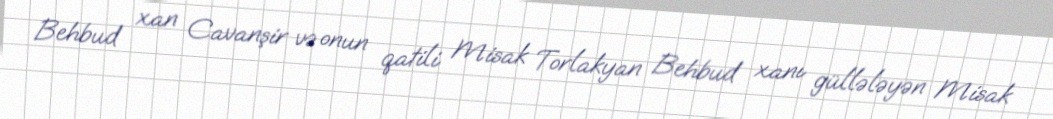
Behbud xan Cavanşir və onun qatili Misak Torlakyan Behbud xanı güllələyən Misak